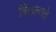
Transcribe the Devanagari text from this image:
बिठलाते